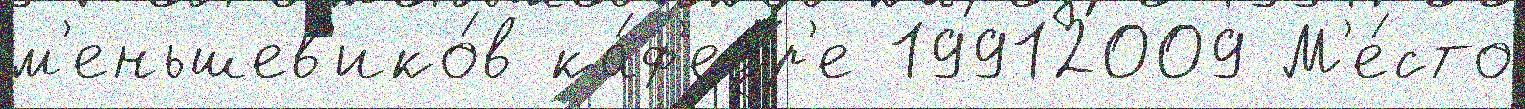
м'еньшев'ико́в ка́ф'едр'е 19912009 М'е́сто